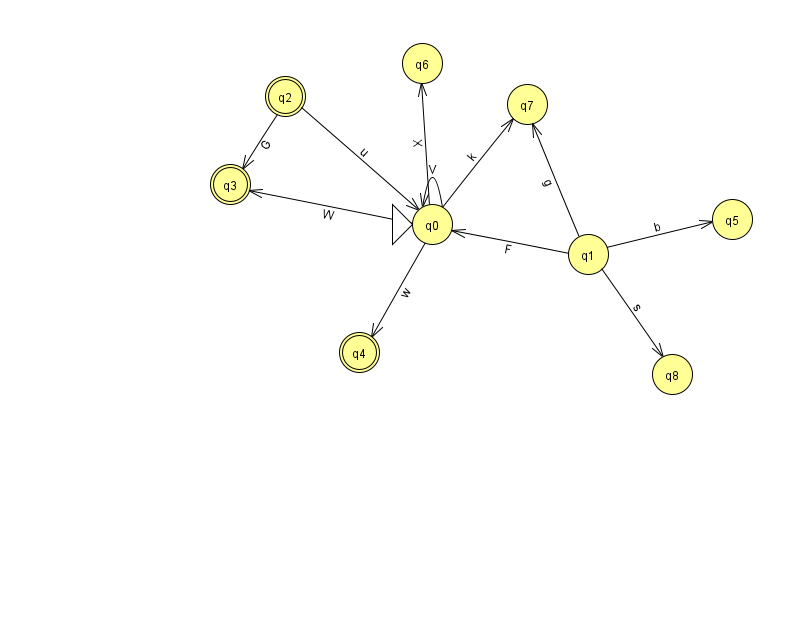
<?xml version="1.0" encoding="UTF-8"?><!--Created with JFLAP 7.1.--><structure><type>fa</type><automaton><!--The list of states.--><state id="0" name="q0"><x>432.0</x><y>211.0</y><initial/></state><state id="1" name="q1"><x>588.0</x><y>241.0</y></state><state id="2" name="q2"><x>285.0</x><y>83.0</y><final/></state><state id="3" name="q3"><x>230.0</x><y>171.0</y><final/></state><state id="4" name="q4"><x>359.0</x><y>339.0</y><final/></state><state id="5" name="q5"><x>732.0</x><y>206.0</y></state><state id="6" name="q6"><x>422.0</x><y>50.0</y></state><state id="7" name="q7"><x>527.0</x><y>91.0</y></state><state id="8" name="q8"><x>672.0</x><y>361.0</y></state><!--The list of transitions.--><transition><from>1</from><to>5</to><read>b</read></transition><transition><from>1</from><to>8</to><read>s</read></transition><transition><from>0</from><to>3</to><read>W</read></transition><transition><from>0</from><to>7</to><read>k</read></transition><transition><from>1</from><to>7</to><read>g</read></transition><transition><from>2</from><to>0</to><read>u</read></transition><transition><from>2</from><to>3</to><read>G</read></transition><transition><from>0</from><to>0</to><read>V</read></transition><transition><from>0</from><to>4</to><read>w</read></transition><transition><from>0</from><to>6</to><read>X</read></transition><transition><from>1</from><to>0</to><read>F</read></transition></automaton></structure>